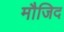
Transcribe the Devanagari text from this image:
मौजिद